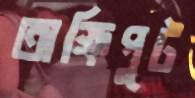
অক্ষিপুট